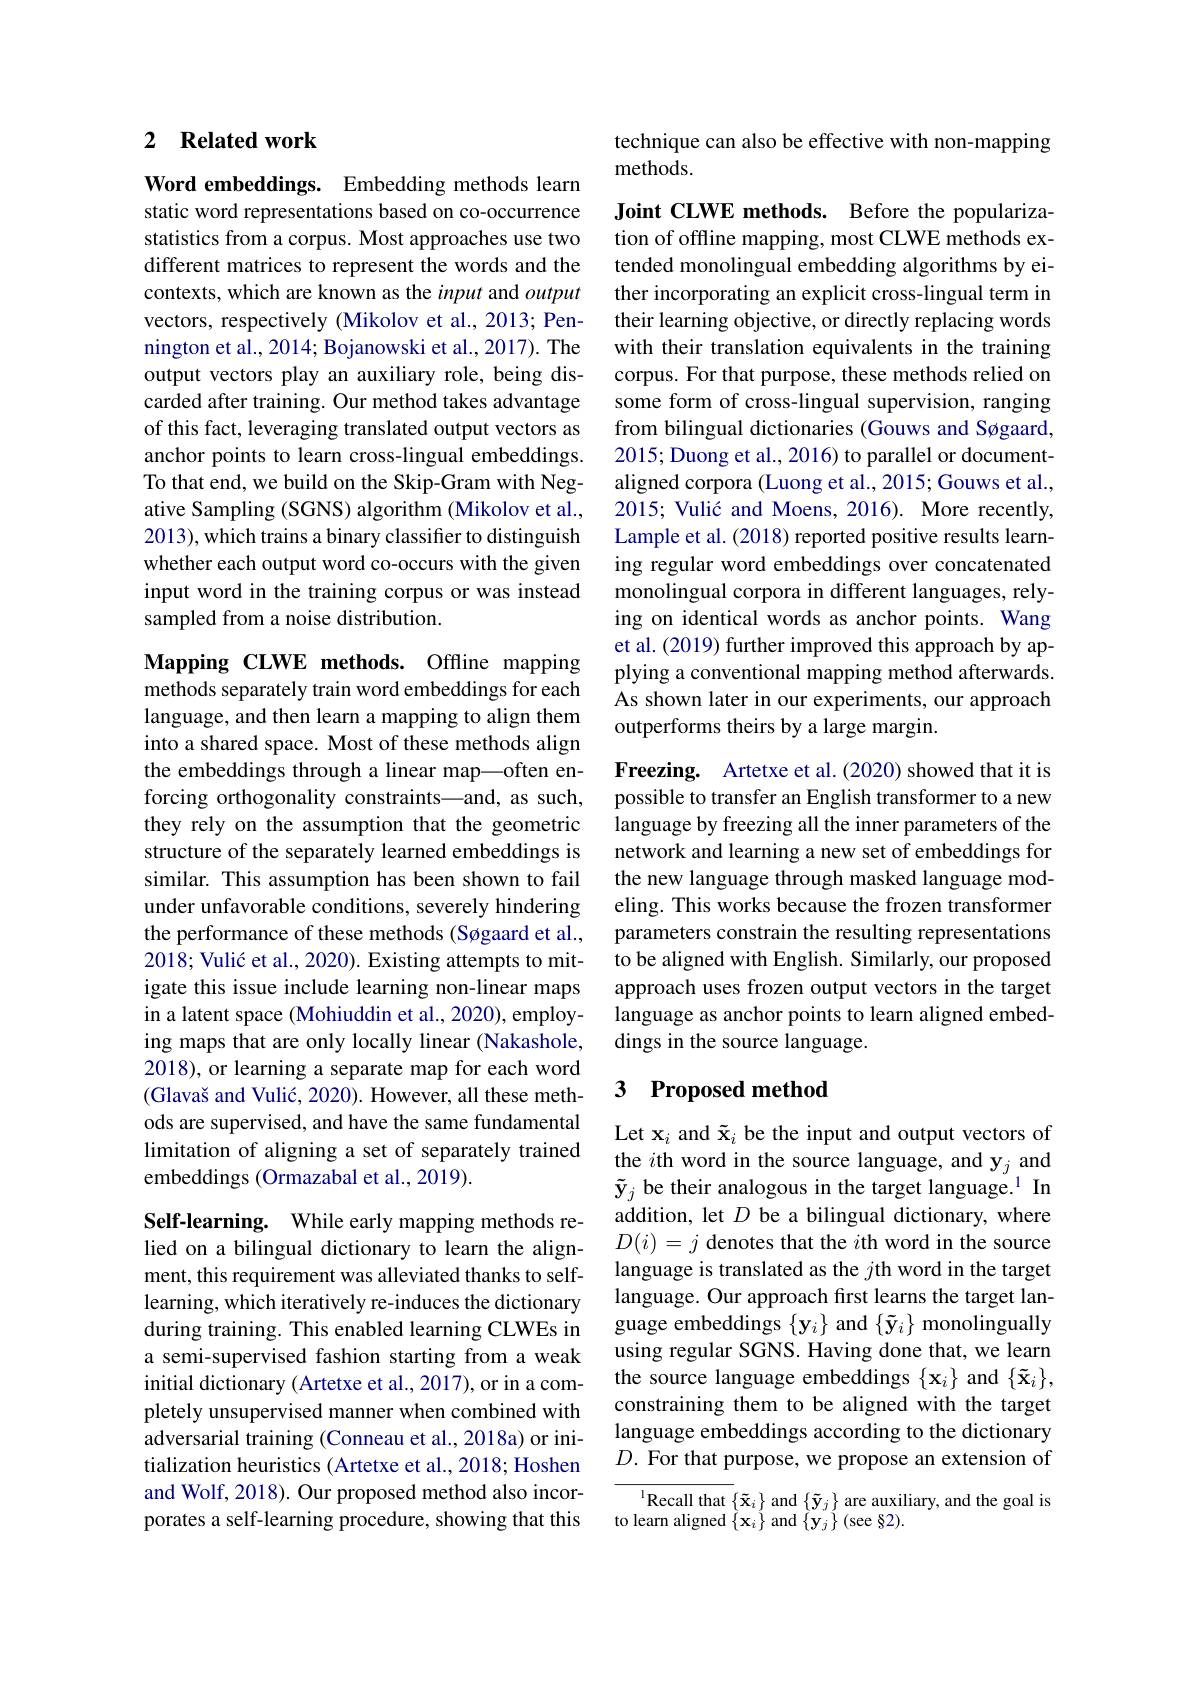
### 2 Related work

Word embeddings. Embedding methods learn static word representations based on co-occurrence statistics from a corpus. Most approaches use two different matrices to represent the words and the contexts, which are known as the input and output vectors, respectively (Mikolov et al., 2013; Pennington et al., 2014; Bojanowski et al., 2017). The output vectors play an auxiliary role, being discarded after training. Our method takes advantage of this fact, leveraging translated output vectors as anchor points to learn cross-lingual embeddings. To that end, we build on the Skip-Gram with Negative Sampling (SGNS) algorithm (Mikolov et al., 2013), which trains a binary classifier to distinguish whether each output word co-occurs with the given input word in the training corpus or was instead sampled from a noise distribution.

Mapping CLWE methods. Offline mapping methods separately train word embeddings for each language, and then learn a mapping to align them into a shared space. Most of these methods align the embeddings through a linear map—often enforcing orthogonality constraints—and, as such, they rely on the assumption that the geometric structure of the separately learned embeddings is similar. This assumption has been shown to fail under unfavorable conditions, severely hindering the performance of these methods (Søgaard et al., 2018; Vulić et al., 2020). Existing attempts to mitigate this issue include learning non-linear maps in a latent space (Mohiuddin et al., 2020), employing maps that are only locally linear (Nakashole, 2018), or learning a separate map for each word $( \text{Glava\v {s}andVuli\' {c}, 2020) . However, all these meth- }$ ods are supervised, and have the same fundamental limitation of aligning a set of separately trained embeddings (Ormazabal et al., 2019).

Self-learning. While early mapping methods relied on a bilingual dictionary to learn the alignment, this requirement was alleviated thanks to selflearning, which iteratively re-induces the dictionary during training. This enabled learning CLWEs in a semi-supervised fashion starting from a weak initial dictionary (Artetxe et al., 2017), or in a completely unsupervised manner when combined with adversarial training (Conneau et al., 2018a) or initialization heuristics (Artetxe et al., 2018; Hoshen and Wolf, 2018). Our proposed method also incorporates a self-learning procedure, showing that this

technique can also be effective with non-mapping
methods.

Joint CLWE methods. Before the popularization of offline mapping, most CLWE methods extended monolingual embedding algorithms by either incorporating an explicit cross-lingual term in their learning objective, or directly replacing words with their translation equivalents in the training corpus. For that purpose, these methods relied on some form of cross-lingual supervision, ranging from bilingual dictionaries (Gouws and Søgaard, 2015; Duong et al., 2016) to parallel or documentaligned corpora (Luong et al., 2015; Gouws et al., 2015; Vulić and Moens, 2016). More recently, Lample et al. (2018) reported positive results learning regular word embeddings over concatenated monolingual corpora in different languages, relying on identical words as anchor points. Wang et al. (2019) further improved this approach by applying a conventional mapping method afterwards. As shown later in our experiments, our approach outperforms theirs by a large margin.
Freezing. Artetxe et al.(2020) showed that it is possible to transfer an English transformer to a new language by freezing all the inner parameters of the network and learning a new set of embeddings for the new language through masked language modeling. This works because the frozen transformer parameters constrain the resulting representations to be aligned with English. Similarly, our proposed approach uses frozen output vectors in the target language as anchor points to learn aligned embeddings in the source language.

### 3 Proposed method

Let x$_i$ and $\tilde{\mathbf{x}}_i$ be the input and output vectors of the $i$th word in the source language, and y$_j$ and $\tilde{\mathbf{y}}_j$ be their analogous in the target language.$^1$ In addition, let $D$ be a bilingual dictionary, where $D(i)=j$ denotes that the $i$th word in the source language is translated as the $j$th word in the target language. Our approach first learns the target language embeddings $\{\mathbf{y}_i\}$ and $\{\tilde{\mathbf{y}}_i\}$ monolingually using regular SGNS. Having done that, we learn the source language embeddings $\{\mathbf{x}_i\}$ and $\{\tilde{\mathbf{x}}_i\}$, constraining them to be aligned with the target language embeddings according to the dictionary $D.$ For that purpose, we propose an extension of

$^{\mathrm{l}}$Recall that $\{\tilde{\mathbf{x}}_i\}$ and $\{\tilde{\mathbf{y}}_j\}$ are auxiliary, and the goal is

to learn aligned $\left\{\mathbf{x}_{i}\right\}$and $\left\{\mathbf{y}_{j}\right\}($see §2).